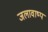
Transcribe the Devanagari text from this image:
जलावाष्प